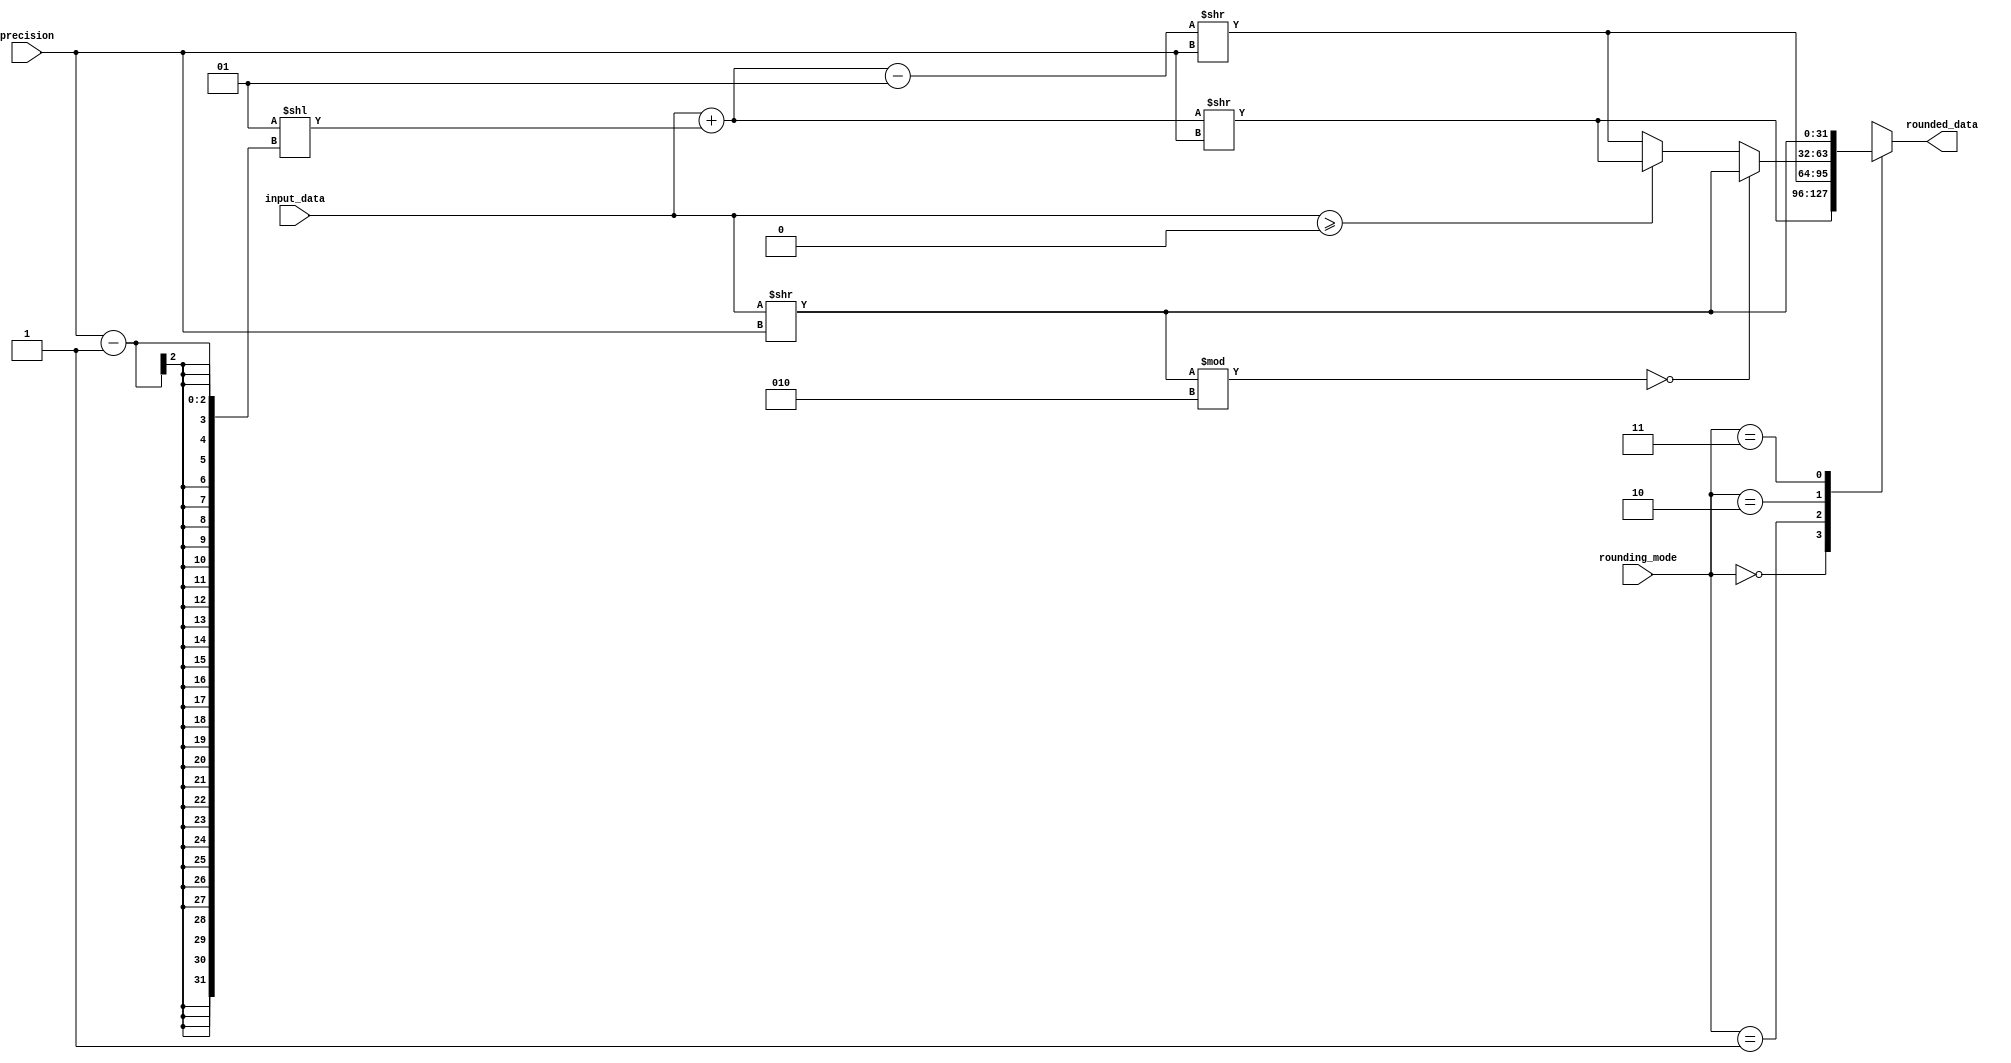
module fixed_point_rounding_unit (
    input signed [31:0] input_data,
    input [1:0] precision,
    input [1:0] rounding_mode,
    output reg signed [31:0] rounded_data
);

always @(*) begin
    case (rounding_mode)
        2'b00: rounded_data = (input_data + (1 << (precision - 1))) >> precision; // Round down
        2'b01: rounded_data = (input_data + (1 << (precision - 1)) - 1) >> precision; // Round up
        2'b10: begin
            if ((input_data >> precision) % 2 == 0)
                rounded_data = input_data >> precision; // Round to nearest even
            else if (input_data >= 0)
                rounded_data = (input_data + (1 << (precision - 1))) >> precision;
            else
                rounded_data = (input_data + (1 << (precision - 1)) - 1) >> precision;
        end
        2'b11: rounded_data = input_data >> precision; // Truncation
    endcase
end

endmodule